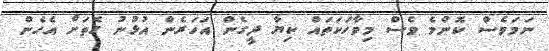
ނަމަވެސް ކޮންމެ ވެސް މިވާހަކަތައް ކިޔާ ދީގެން އަހަރެން އުޅުނު ގޮތަށް އެހެން